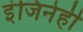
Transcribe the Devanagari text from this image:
इंजिनेही